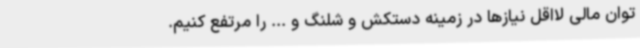
توان مالی لااقل نیازها در زمینه دستکش و شلنگ و ... را مرتفع کنیم.